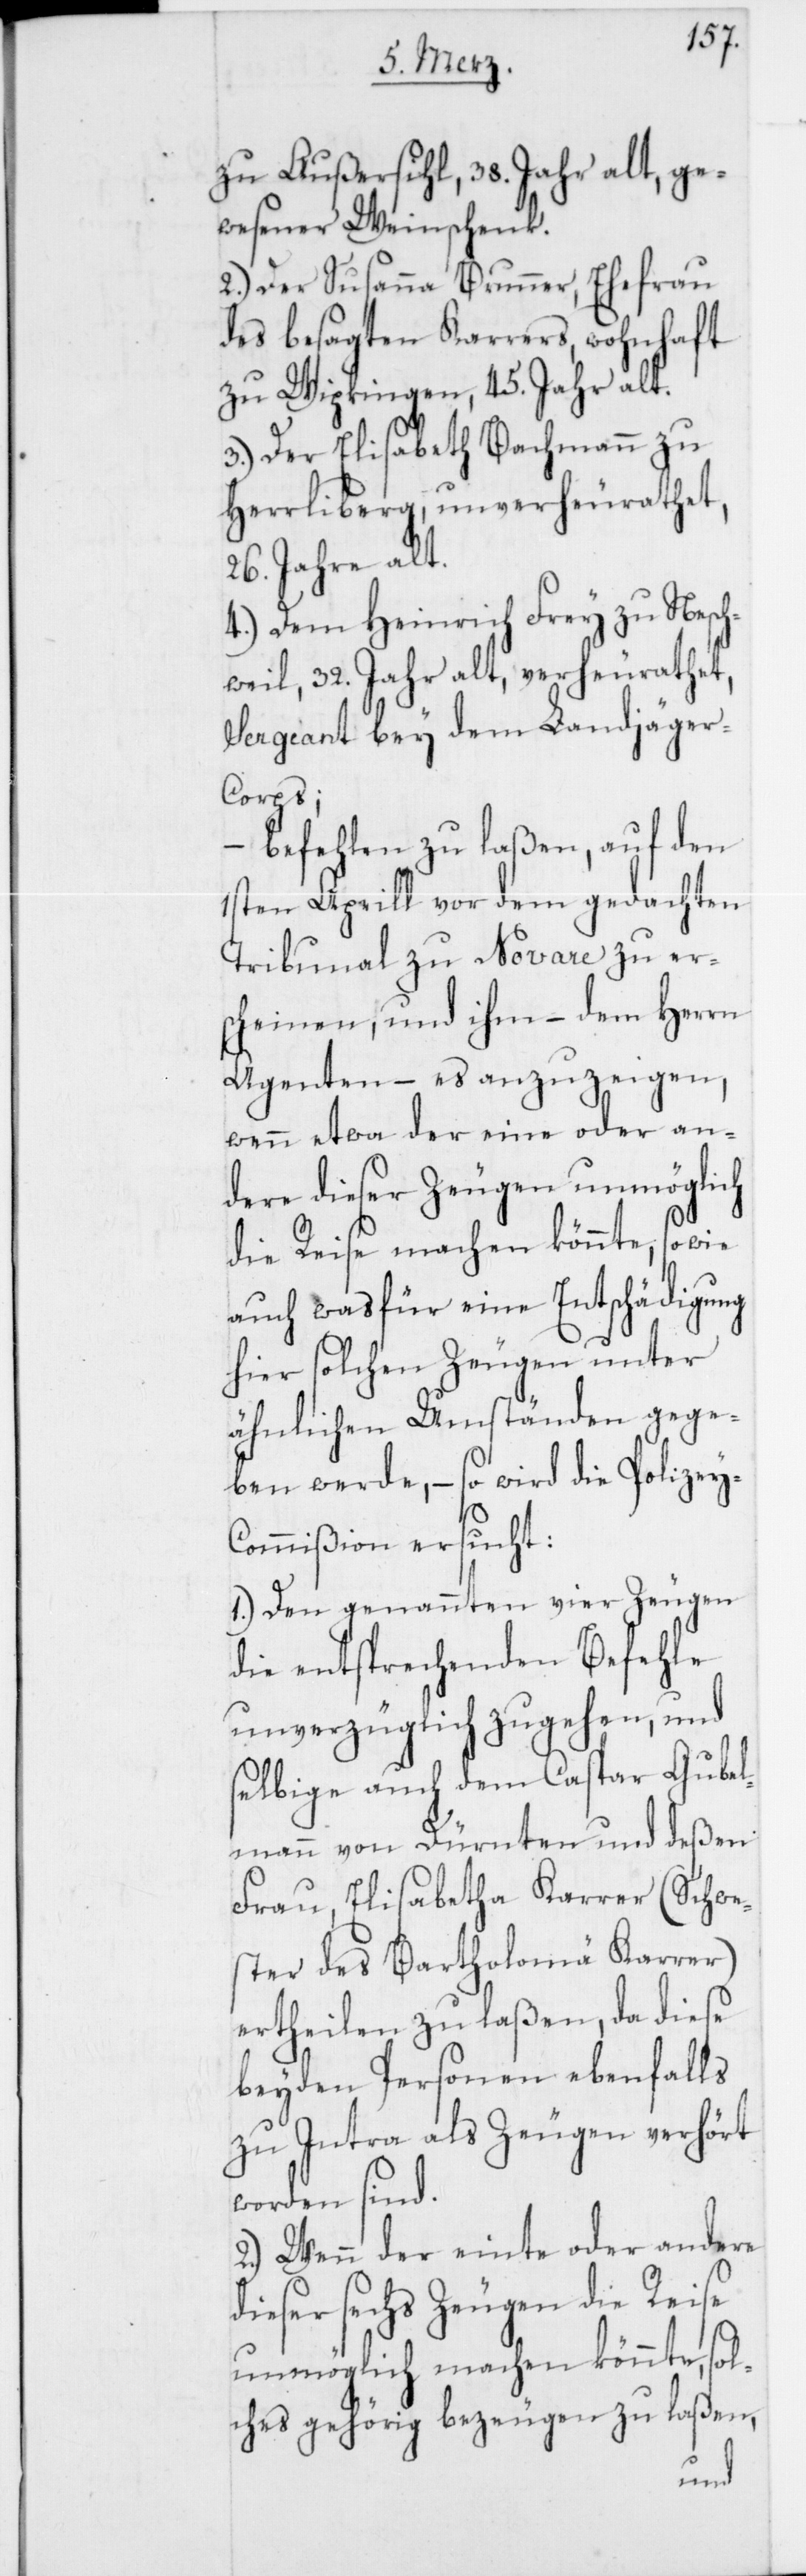
zu Außersihl, 38. Jahre alt, ge¬
wesener Weinschenk.
2.) Der Susanna Brunner, Ehefrau
des besagten Karrers, wohnhaft
zu Wipkingen, 45. Jahre alt.
3.) Der Elisabeth Bachmann zu
Herrliberg, unverheirathet,
26. Jahre alt.
4.) Dem Heinrich Frey zu Nesch¬
weil, 32. Jahre alt, verheirathet,
Sergeant bey dem Landjäger-C¬
orps;
befehlen zu laßen, auf den
1sten Aprill vor dem gedachten
Tribunal zu Novare zu ers¬
cheinen, und ihm – dem Herrn
Agenten – es anzuzeigen,
wenn etwa der eine oder an¬
dere dieser Zeugen unmöglich
die Reise machen könnte, sowie
auch was für eine Entschädigung
hier solchen Zeugen unter
ähnlichen Umständen gege¬
ben werde, – so wird die Polizei-C¬
ommißion ersucht:
1.) Den genannten vier Zeugen
die entsprechenden Befehle
unverzüglich zugehen, und
selbige auch dem Caspar Gubel¬
mann von Dürnten und deßen
Frau, Elisabetha Karrer (Schwe¬
ster des Bartholomä Karrer)
ertheilen zu laßen, da diese
beyden Personen ebenfalls
zu Intra als Zeugen verhört
worden sind.
2.) Wenn der einte oder andere
dieser sechs Zeugen die Reise
unmöglich machen könnte, sol¬
ches gehörig bezeugen zu laßen,